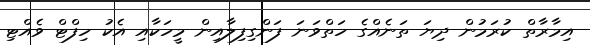
އިމާރާތް ކުރަމުން ދިޔަ ތަނެއްގެ ހަތްވަނަ ފަންގިފިލާއިން މީހަކާއި އެކު ހިފްޓް ވެއްޓި